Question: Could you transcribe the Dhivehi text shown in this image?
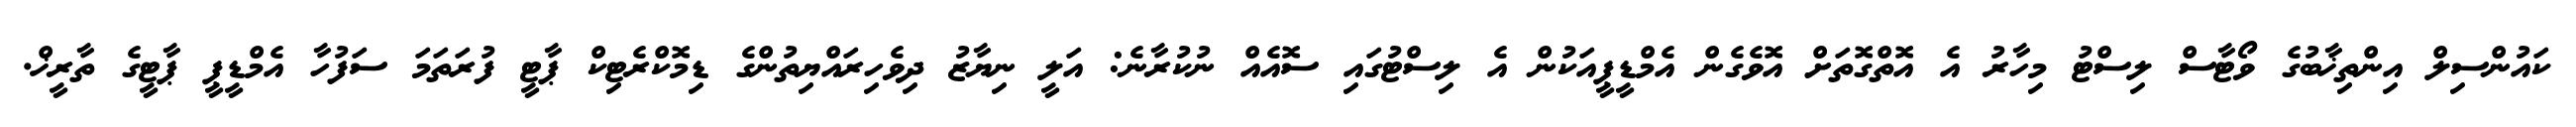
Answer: ކައުންސިލް އިންތިޚާބުގެ ވޯޓާސް ލިސްޓު މިހާރު އެ އޮތްގޮތަށް އޮވެގެން އެމްޑީޕީއަކުން އެ ލިސްޓުގައި ސޮއެއް ނުކުރާނެ: އަލީ ނިޔާޒު ދިވެހިރައްޔިތުންގެ ޑިމޮކްރެޓިކް ޕާޓީ ފުރަތަމަ ސަފުހާ އެމްޑީޕީ ޕާޓީގެ ތާރީޚް.